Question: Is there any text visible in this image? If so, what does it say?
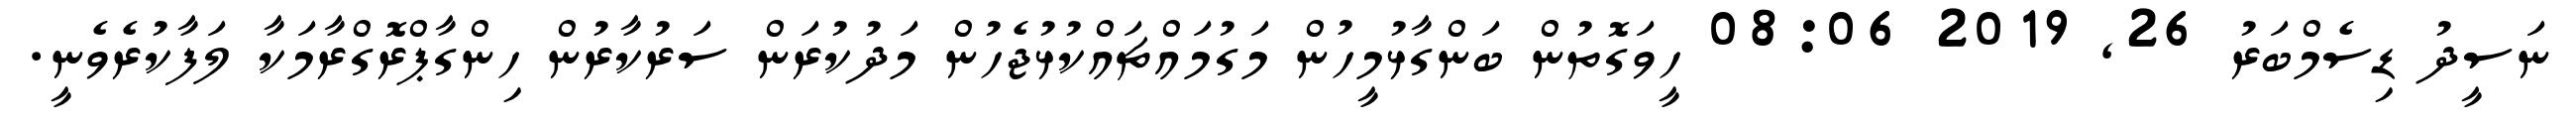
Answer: ނަސީދު ޑިސެމްބަރު 26, 2019 08:06 ހީވަގޮތުން ބަންގާޅުމީހުން މަގުމައްޗައްކުޅުޖެހުން މަދުކުރަން ސަރުކާރުން ހިންގާޕްރޮގްރާމަކާ ލަފާކުރެވެނީ.